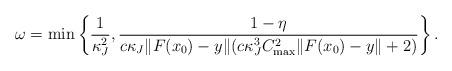
LaTeX: \begin{align*}\omega=\min \left\{\frac{1}{\kappa_J^2},\frac{1-\eta}{c\kappa_J\|F(x_{0})-y\| (c \kappa_J^3C_{\max}^2\|F(x_{0})-y\|+2)} \right\}.\end{align*}